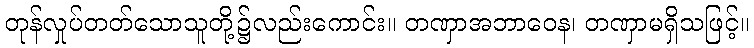
တုန်လှုပ်တတ်သောသူတို့၌လည်းကောင်း။ တဏှာအဘာဝေန၊ တဏှာမရှိသဖြင့်။